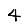
Digit: 4